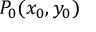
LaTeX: P _ { 0 } ( x _ { 0 } , y _ { 0 } )